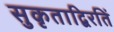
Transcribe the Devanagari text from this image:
सुकृताद्विरतिं